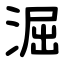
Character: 淈